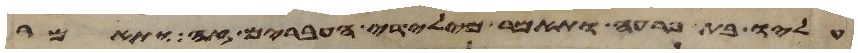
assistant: עליו בת פרעה ותאמר מילדי העברים זה ותאמר